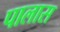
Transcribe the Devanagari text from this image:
पालास